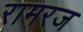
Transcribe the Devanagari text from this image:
रामरज